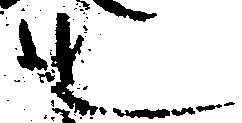
也